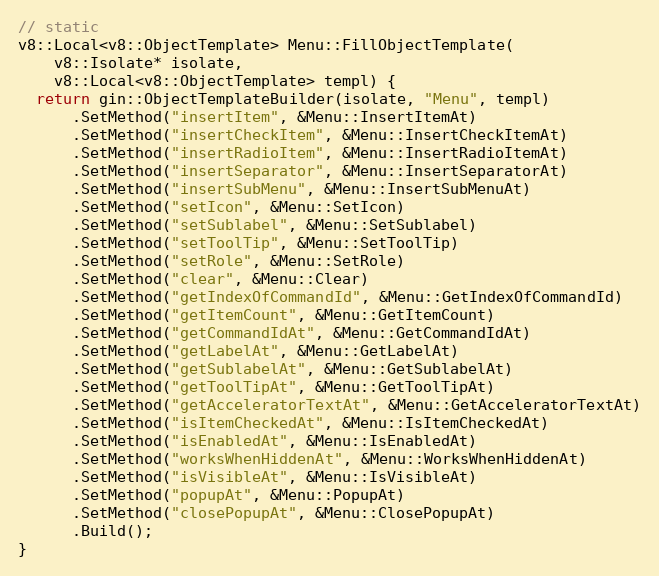
Language: C++
// static
v8::Local<v8::ObjectTemplate> Menu::FillObjectTemplate(
    v8::Isolate* isolate,
    v8::Local<v8::ObjectTemplate> templ) {
  return gin::ObjectTemplateBuilder(isolate, "Menu", templ)
      .SetMethod("insertItem", &Menu::InsertItemAt)
      .SetMethod("insertCheckItem", &Menu::InsertCheckItemAt)
      .SetMethod("insertRadioItem", &Menu::InsertRadioItemAt)
      .SetMethod("insertSeparator", &Menu::InsertSeparatorAt)
      .SetMethod("insertSubMenu", &Menu::InsertSubMenuAt)
      .SetMethod("setIcon", &Menu::SetIcon)
      .SetMethod("setSublabel", &Menu::SetSublabel)
      .SetMethod("setToolTip", &Menu::SetToolTip)
      .SetMethod("setRole", &Menu::SetRole)
      .SetMethod("clear", &Menu::Clear)
      .SetMethod("getIndexOfCommandId", &Menu::GetIndexOfCommandId)
      .SetMethod("getItemCount", &Menu::GetItemCount)
      .SetMethod("getCommandIdAt", &Menu::GetCommandIdAt)
      .SetMethod("getLabelAt", &Menu::GetLabelAt)
      .SetMethod("getSublabelAt", &Menu::GetSublabelAt)
      .SetMethod("getToolTipAt", &Menu::GetToolTipAt)
      .SetMethod("getAcceleratorTextAt", &Menu::GetAcceleratorTextAt)
      .SetMethod("isItemCheckedAt", &Menu::IsItemCheckedAt)
      .SetMethod("isEnabledAt", &Menu::IsEnabledAt)
      .SetMethod("worksWhenHiddenAt", &Menu::WorksWhenHiddenAt)
      .SetMethod("isVisibleAt", &Menu::IsVisibleAt)
      .SetMethod("popupAt", &Menu::PopupAt)
      .SetMethod("closePopupAt", &Menu::ClosePopupAt)
      .Build();
}